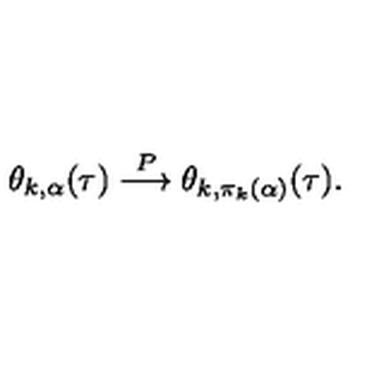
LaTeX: \theta _ { k , \alpha } ( \tau ) \stackrel { P } { \longrightarrow } \theta _ { k , \pi _ { k } ( \alpha ) } ( \tau ) .